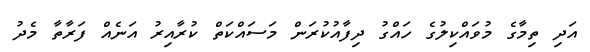
އަދި ތިމާގެ މުވައްކިލުގެ ހައްގު ދިފާއުކުރަން މަސައްކަތް ކުރާއިރު އަނެއް ފަރާތާ މެދު